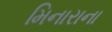
મિનારાના